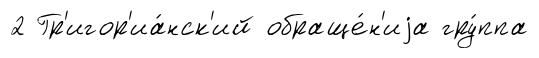
2 Гр'игор'иа́нск'ий обраще́н'иjа гру́ппа